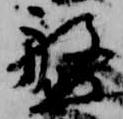
盤